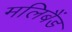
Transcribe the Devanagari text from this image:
मलिबैंड